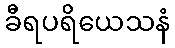
ခီရပရိယေသနံ